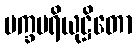
မက္ခပရိယုဋ္ဌိတော